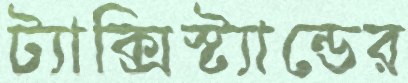
ট্যাক্সিস্ট্যান্ডের